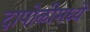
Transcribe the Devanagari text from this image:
दापोळीमध्ये